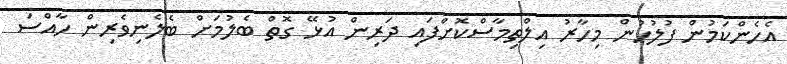
އެހެންކަމުން ފުލުހުން މިހާރު އިލްތިމާސްކޮށްފައި ދަރިން އުޅޭ ގޮތް ބެލުމަށް ބެލެނިވެރިން ހާއްސަ